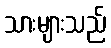
သားများသည်